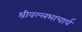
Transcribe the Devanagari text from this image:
श्रीवल्‍लभाचार्य